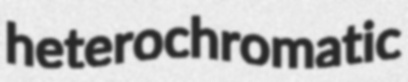
heterochromatic